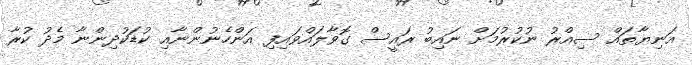
އަނިޔާތައް ސިއްރު ނުކުރުމަށް ނައިބު ރައީސް ގޮވާލައްވައިފި އަންހެނުންނާއި ކުޑަކުދިންނާ މެދު ކުރާ